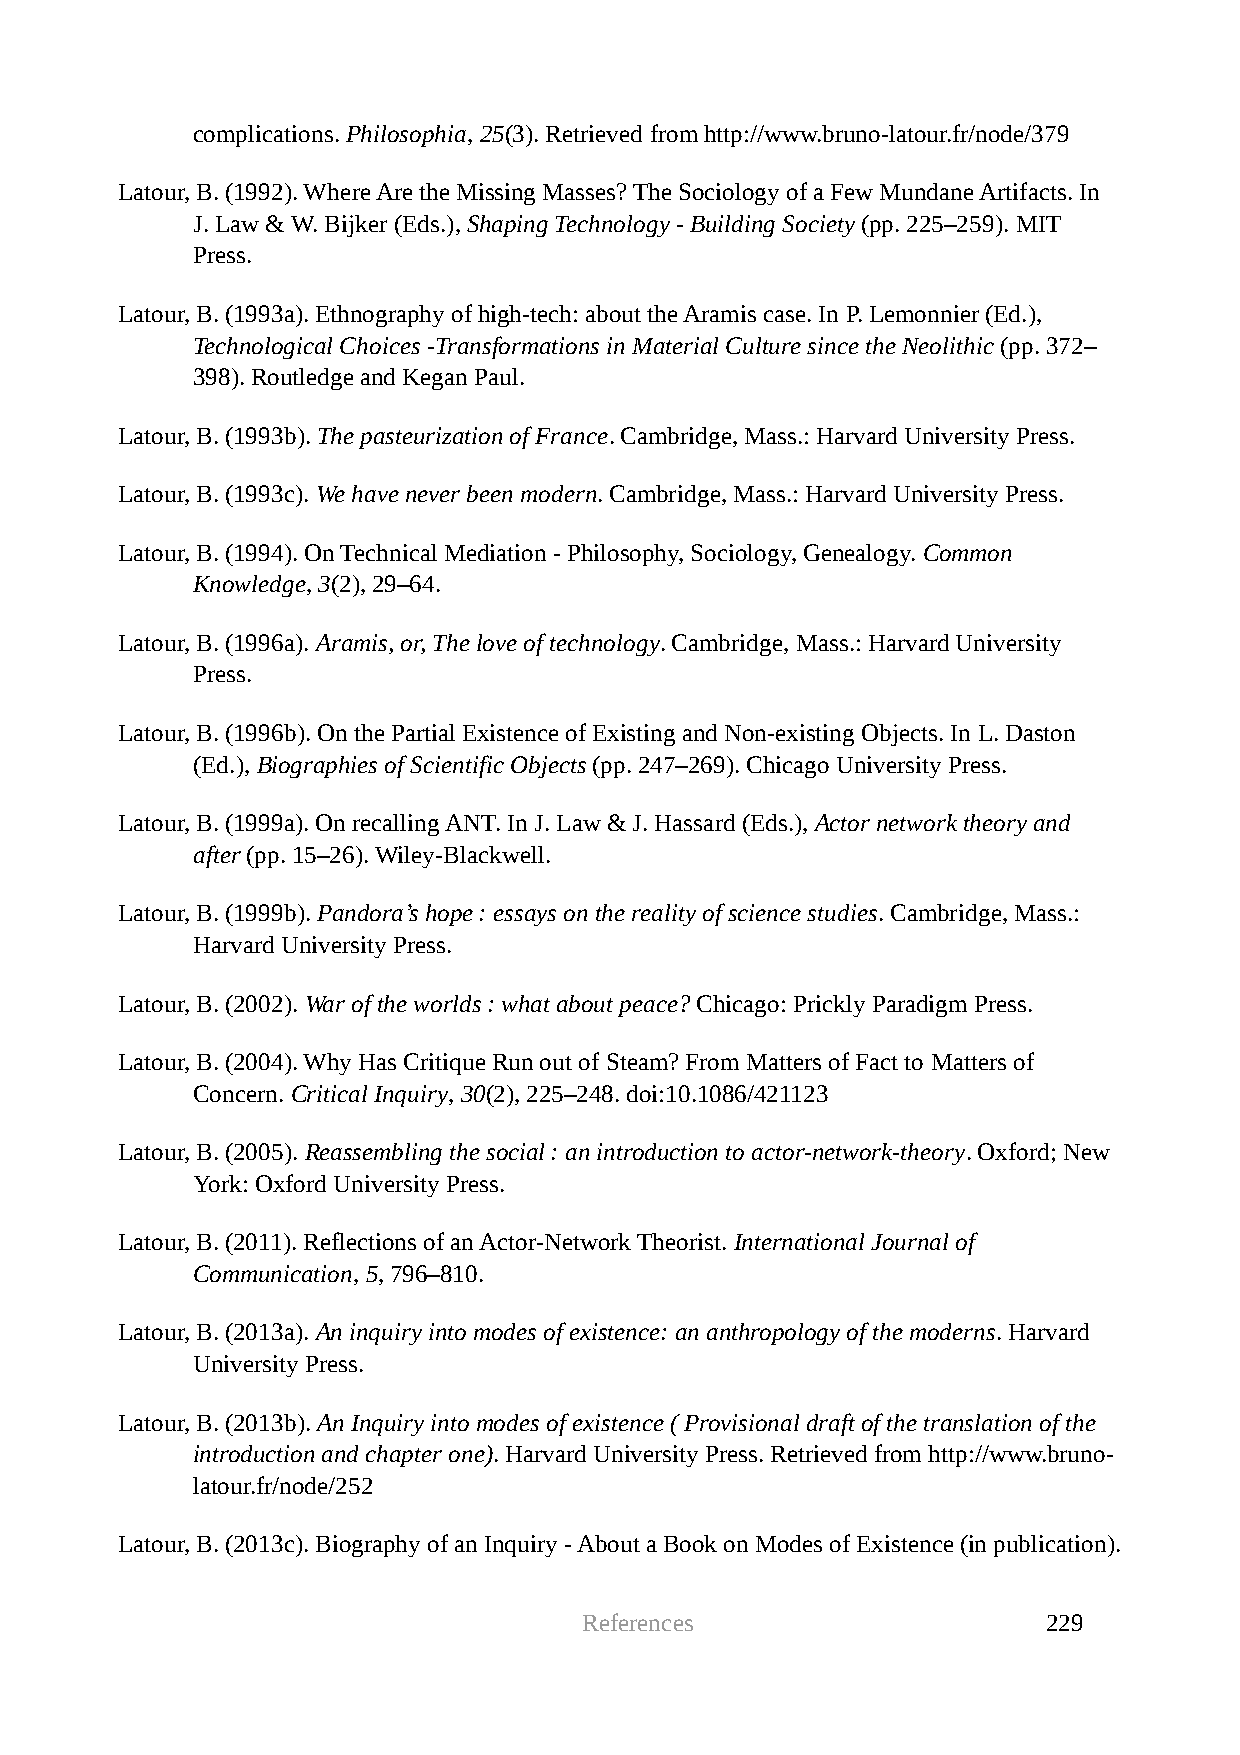
complications. Philosophia, 25(3). Retrieved from http://www.bruno-latour.fr/node/379
 Latour, B. (1992). Where Are the Missing Masses? The Sociology of a Few Mundane Artifacts. In
 J. Law & W. Bijker (Eds.), Shaping Technology - Building Society (pp. 225–259). MIT
 Press.
 Latour, B. (1993a). Ethnography of high-tech: about the Aramis case. In P. Lemonnier (Ed.),
 Technological Choices -Transformations in Material Culture since the Neolithic (pp. 372–
 398). Routledge and Kegan Paul.
 Latour, B. (1993b). The pasteurization of France. Cambridge, Mass.: Harvard University Press.
 Latour, B. (1993c). We have never been modern. Cambridge, Mass.: Harvard University Press.
 Latour, B. (1994). On Technical Mediation - Philosophy, Sociology, Genealogy. Common
 Knowledge, 3(2), 29–64.
 Latour, B. (1996a). Aramis, or, The love of technology. Cambridge, Mass.: Harvard University
 Press.
 Latour, B. (1996b). On the Partial Existence of Existing and Non-existing Objects. In L. Daston
 (Ed.), Biographies of Scientific Objects (pp. 247–269). Chicago University Press.
 Latour, B. (1999a). On recalling ANT. In J. Law & J. Hassard (Eds.), Actor network theory and
 after (pp. 15–26). Wiley-Blackwell.
 Latour, B. (1999b). Pandora’s hope : essays on the reality of science studies. Cambridge, Mass.:
 Harvard University Press.
 Latour, B. (2002). War of the worlds : what about peace? Chicago: Prickly Paradigm Press.
 Latour, B. (2004). Why Has Critique Run out of Steam? From Matters of Fact to Matters of
 Concern. Critical Inquiry, 30(2), 225–248. doi:10.1086/421123
 Latour, B. (2005). Reassembling the social : an introduction to actor-network-theory. Oxford; New
 York: Oxford University Press.
 Latour, B. (2011). Reflections of an Actor-Network Theorist. International Journal of
 Communication, 5, 796–810.
 Latour, B. (2013a). An inquiry into modes of existence: an anthropology of the moderns. Harvard
 University Press.
 Latour, B. (2013b). An Inquiry into modes of existence ( Provisional draft of the translation of the
 introduction and chapter one). Harvard University Press. Retrieved from http://www.bruno-
 latour.fr/node/252
 Latour, B. (2013c). Biography of an Inquiry - About a Book on Modes of Existence (in publication).
 References                    229